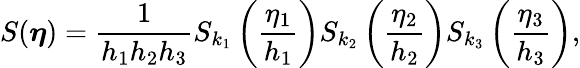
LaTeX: S(\boldsymbol\eta)=\frac{1}{h_{1}h_{2}h_{3}}S_{k_{1}}\left(\frac{\eta_{1}}{h_{1}}\right)S_{k_{2}}\left(\frac{\eta_{2}}{h_{2}}\right)S_{k_{3}}\left(\frac{\eta_{3}}{h_{3}}\right),